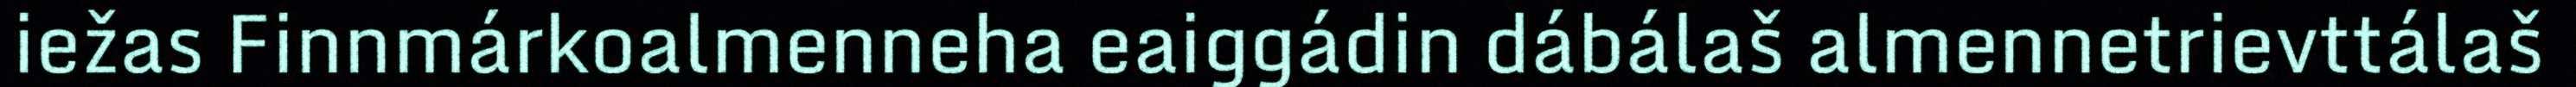
iežas Finnmárkoalmenneha eaiggádin dábálaš almennetrievttálaš